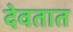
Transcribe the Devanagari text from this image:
देवतात